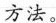
方法。